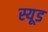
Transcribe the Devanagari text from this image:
स्यूड